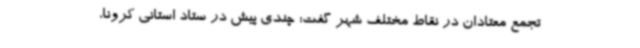
تجمع معتادان در نقاط مختلف شهر گفت: چندی پیش در ستاد استانی کرونا،